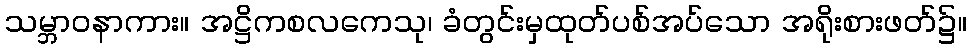
သမ္ဘာဝနာကား။ အဋ္ဌိကစလကေသု၊ ခံတွင်းမှထုတ်ပစ်အပ်သော အရိုးစားဖတ်၌။